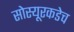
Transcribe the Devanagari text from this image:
सोस्यूरकडेच